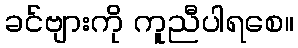
ခင်ဗျားကို ကူညီပါရစေ။